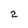
Character: 2